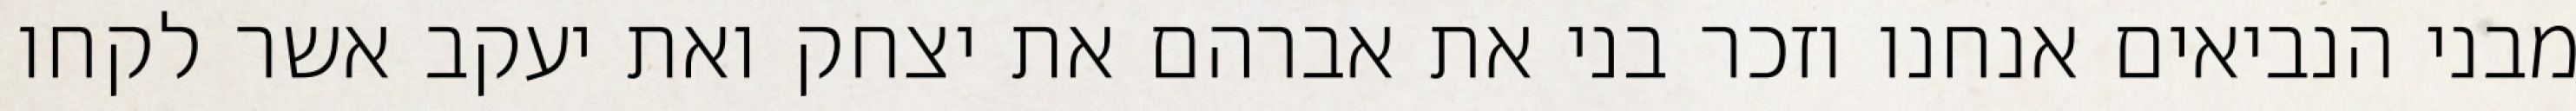
מבני הנביאים אנחנו וזכר בני את אברהם את יצחק ואת יעקב אשר לקחו